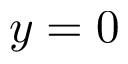
y = 0